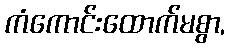
ကံကောင်းထောက်မစွာ,